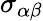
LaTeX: \sigma_{\alpha\beta}